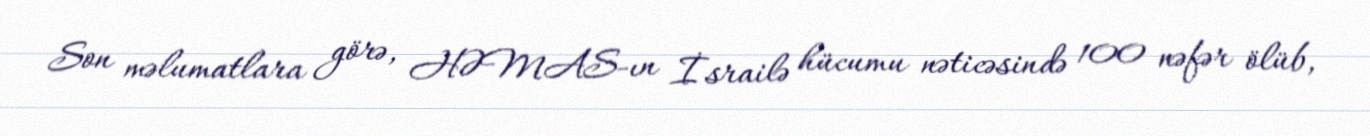
Son məlumatlara görə, HƏMAS-ın İsrailə hücumu nəticəsində 100 nəfər ölüb,